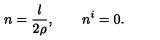
n = \frac { l } { 2 \rho } , \qquad n ^ { i } = 0 .